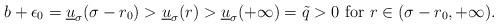
LaTeX: \begin{align*} b+\epsilon_0=\underline u_\sigma(\sigma-r_0)>\underline u_\sigma(r)> \underline u_\sigma(+\infty)=\tilde q>0 \mbox{ for } r\in(\sigma-r_0, +\infty).\end{align*}